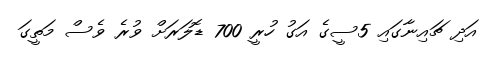
އަދި ޗައިނާގައި 5ސީގެ އަގު ހުރީ 700 ޑޮލަރަށް ވުރެ ވެސް މަތީގަ